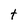
Character: t